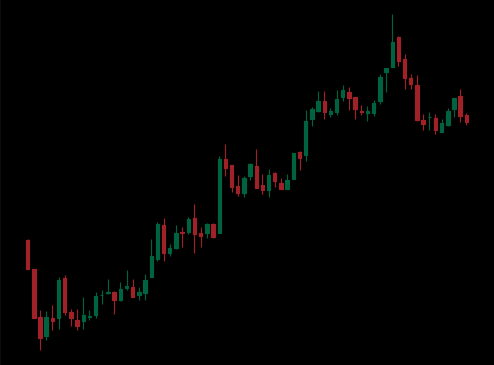
Pattern: bear_flag